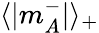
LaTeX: \langle|m_{A}^{-}|\rangle_{+}